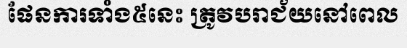
ផែនការទាំង៥នេះ ត្រូវបរាជ័យនៅពេល